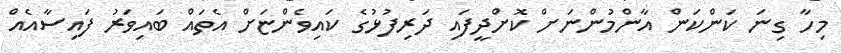
މިހާ ގިނަ ކަންކަން އާންމުންނަށް ކޮށްދީފައި ދަރިފުޅުގެ ކައިވެންޏަށް އެތައް ބައިވަރު ފައިސާއެއް